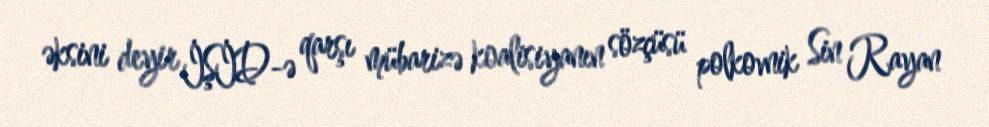
əksini deyir İŞİD-ə qarşı mübarizə koalisiyanın sözçüsü polkovnik Sin Rayan